Tezpur Lunatic Asylum reports 1877-1894 - 1877-1894
Year: 1877
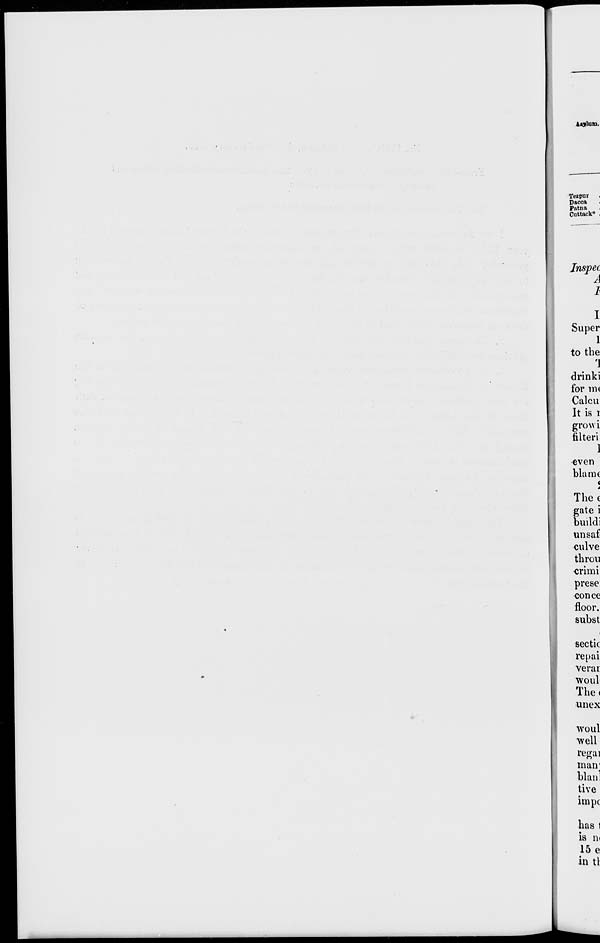
Tezpur
Dacca
Patna
Cuttack* .